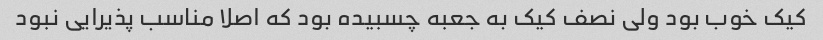
کیک خوب بود ولی نصف کیک به جعبه چسبیده بود که اصلا مناسب پذیرایی نبود